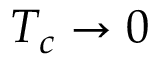
T _ { c } \rightarrow 0